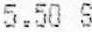
5.50 S